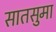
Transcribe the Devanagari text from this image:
सातसुमा